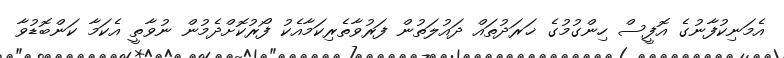
އެމަނިކުފާނުގެ އޮފީސް ހިންގުމުގެ ޚަރަދުތައް ދައުލަތުން ފަރުވާތެރިކަމާއެކު ފޯރުކޮށްދެމުން ނުވާތީ އެކަމާ ކަންބޮޑުވާ